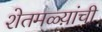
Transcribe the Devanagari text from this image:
शेतमळ्य़ांची